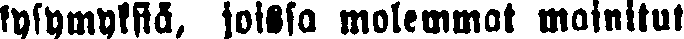
kysymyksiä, joissa molemmat mainitut